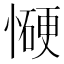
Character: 𰒋